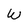
Character: W